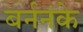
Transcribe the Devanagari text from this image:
बर्ननंके